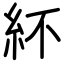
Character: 紑